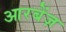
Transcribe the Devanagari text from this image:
आरबेंज़